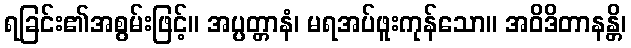
ရခြင်း၏အစွမ်းဖြင့်။ အပ္ပတ္တာနံ၊ မရအပ်ဖူးကုန်သော။ အဝိဒိတာနန္တိ၊